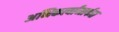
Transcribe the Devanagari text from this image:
अभिकर्त्यांमार्फत